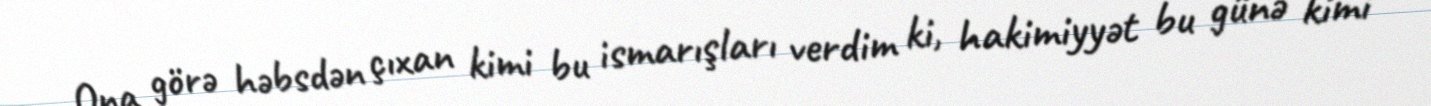
Ona görə həbsdən çıxan kimi bu ismarışları verdim ki, hakimiyyət bu günə kimi